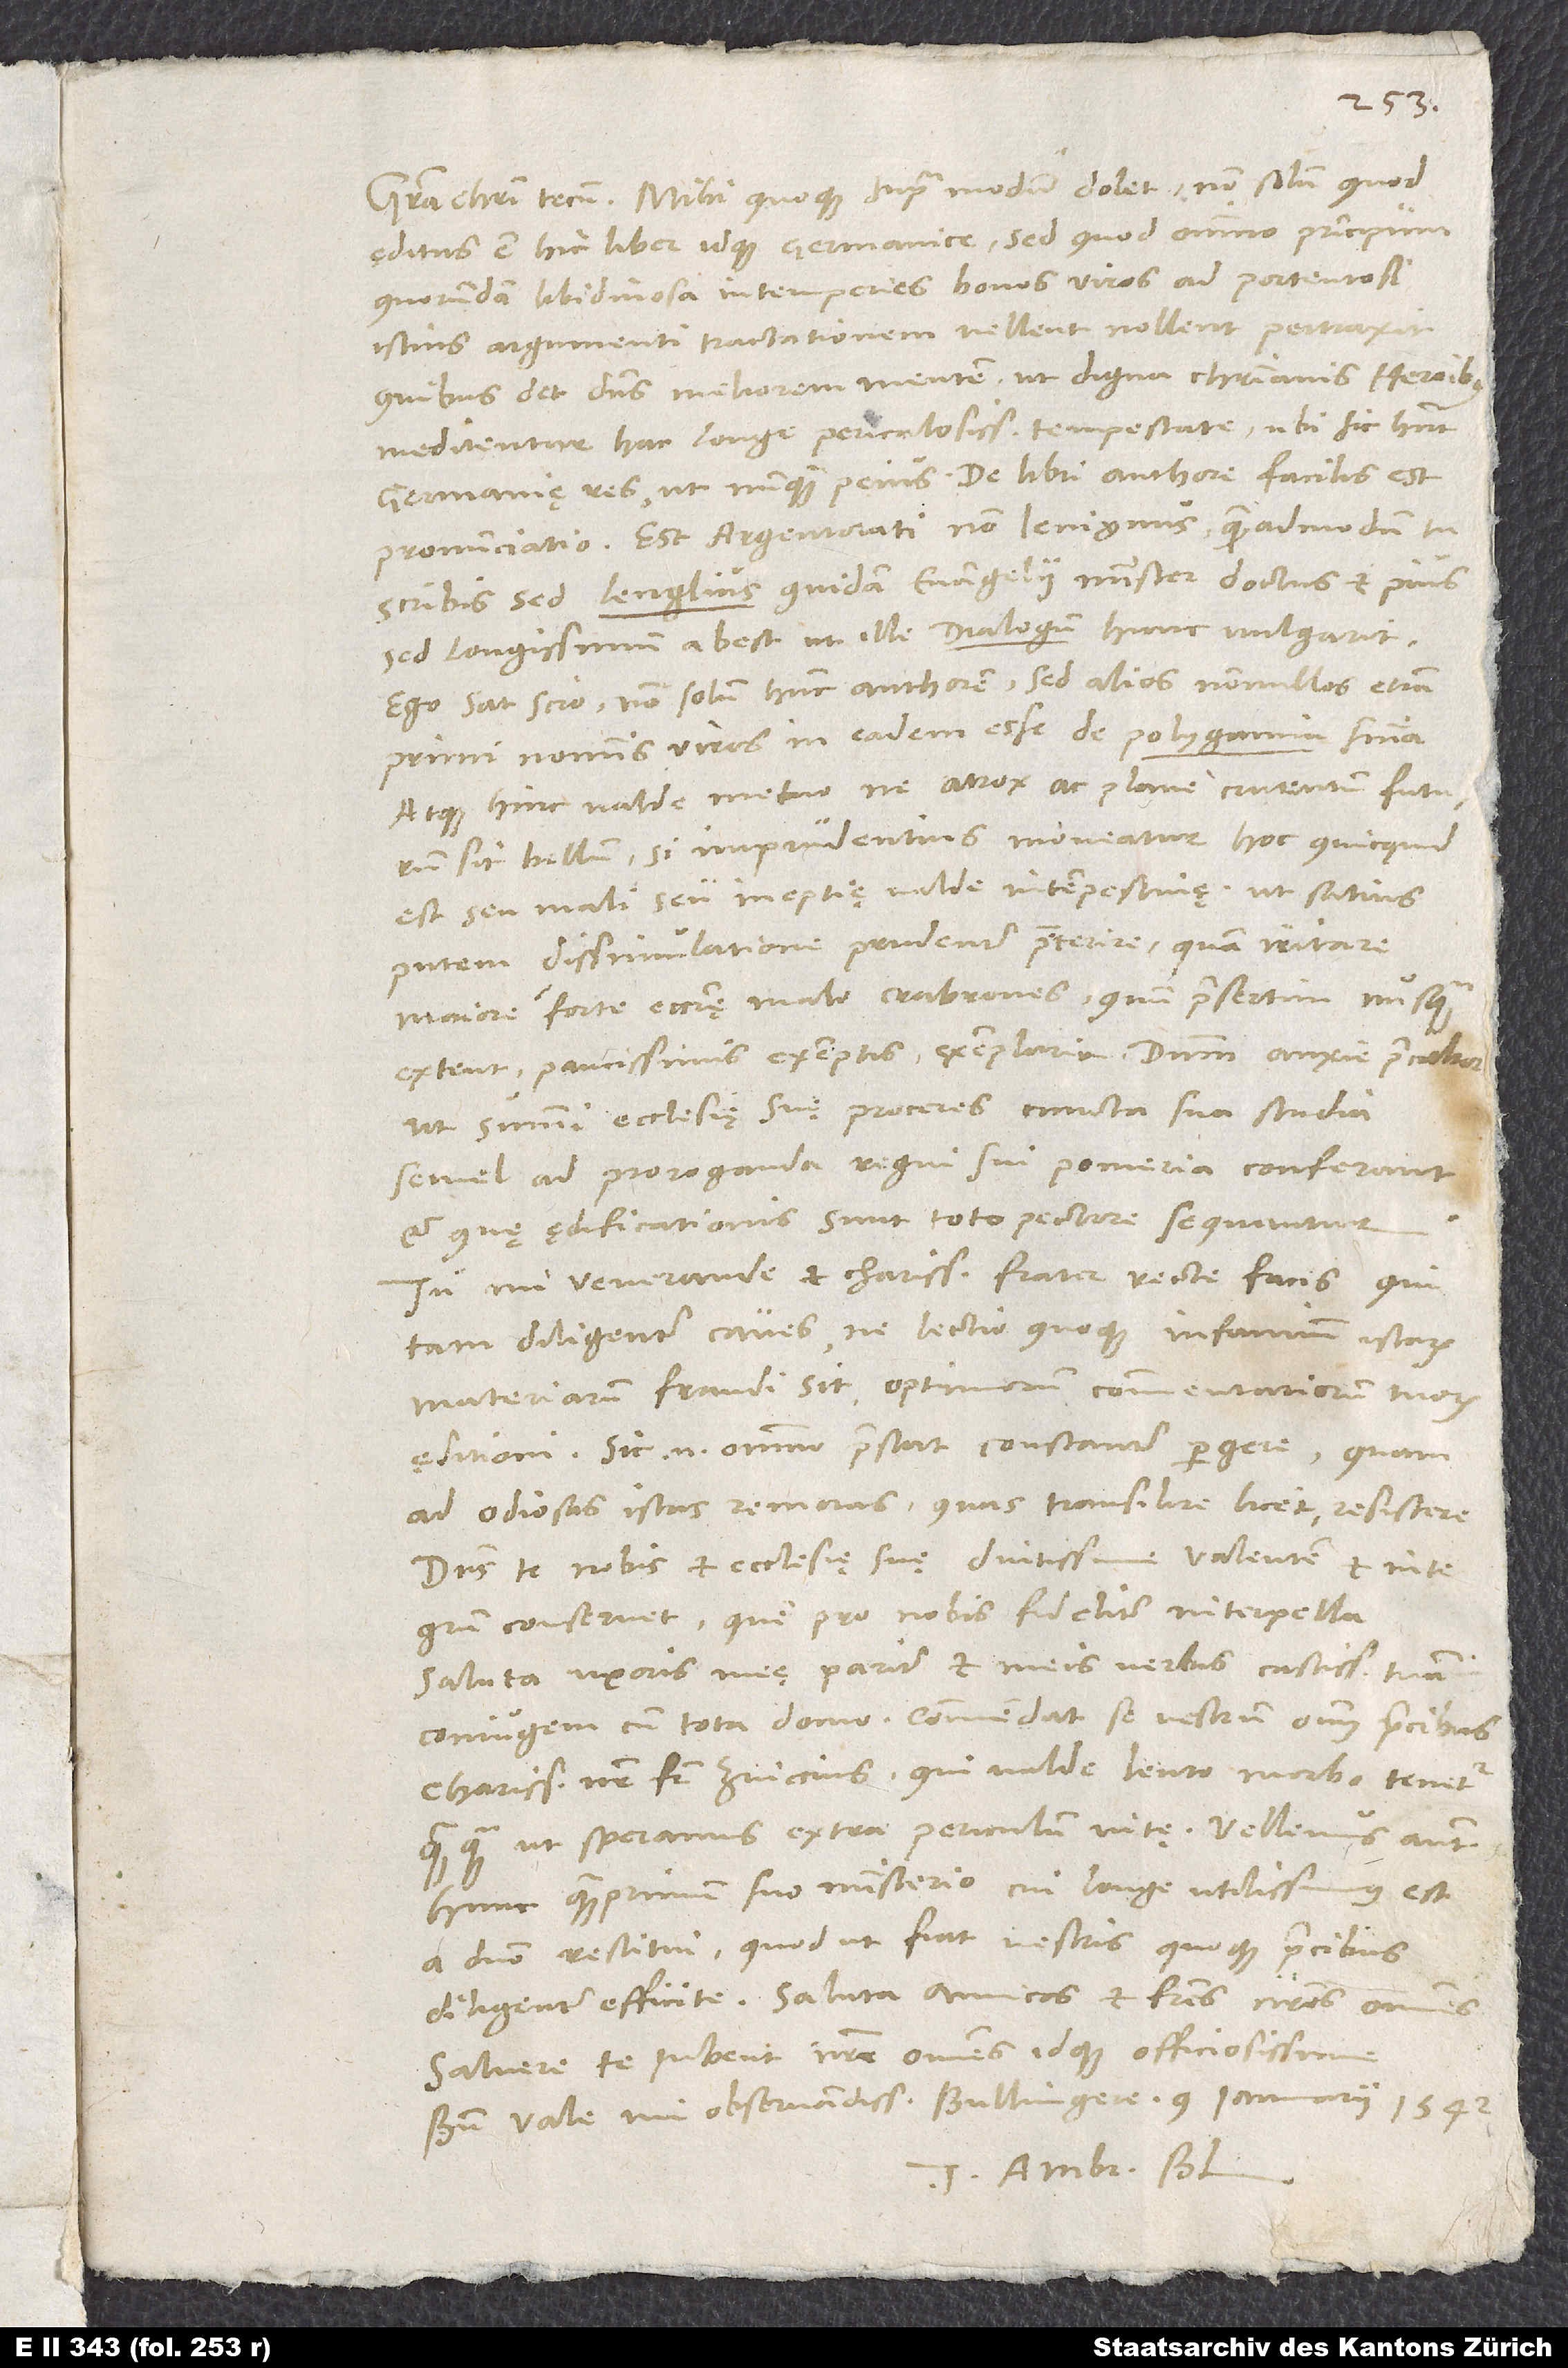
editus est hic liber idque Germanice, sed quod omnino principum
quorundam libidinosa intemperies bonos viros ad portentosi
istius argumenti tractationem, vellent nollent, pertraxit.
Quibus det dominus meliorem mentem, ut digna christianis heroibus
meditentur hac longe periculosissima tempestate, ubi sic habent
Germanię res ut nunquam peius. De libri authore facilis est
scribis, sed Lenglius quidam, evangelii minister doctus est pius;
sed longissimum abest, ut ille dialogum hunc vulgarit.
Ego sat scio non solum hunc authorem, sed alios nonnullos etiam
primi nominis viros in eadem esse de polygamia sententia,
atque hinc valde metuo, ne atrox ac plane cruentum futurum
sit bellum, si imprudentius moveatur hoc, quicquid
est seu mali seu ineptię valde intempestivę; ut satius
putem dissimulatione prudenter praeterire quam irritare
maiore forte ecclesię malo crabrones, quum praesertim nusquam
extent paucissimis exemptis exemplaria. Dominum anxie precabor,
ut summi ecclesię suę proceres cuncta sua studia
semel ad proroganda regni sui pomeria conferant
et, quę ędificationis sunt, toto pectore sequantur.
Tu, mi venerande et charissime frater, recte facis, qui
tam diligenter caves, ne lectio quoque infamium istarum
materiarum fraudi sit optimorum commentariorum tuorum
ęditioni; sic enim omnia praestat constanter pergere quam
ad odiosas istas remoras, quas transilire licet, resistere.
Dominus te nobis et ecclesię suę diutissime valentem et integrum
conservet; quem pro nobis fideliter interpella.
Saluta uxoris meę pariter et meis verbis castissimam tuam
coniugem cum tota domo. Commendat se vestrum omnium precibus
charissimus noster frater Zviccius, qui valde lento morbo tenetur,
quamquam, ut speramus, extra periculum vitę. Vellemus autem
hunc quam primum suo ministerio, cui longe utilissimus est,
a domino restitui. Quod ut fiat, vestris quoque precibus
diligenter efficite. Saluta amicos et fratres nostros omnes.
Salvere te iubent nostri omnes idque officiosissime.
Bene vale, mi observandissime Bullingere. 9. ianuarii 1542.
Tuus Ambr. Bl.